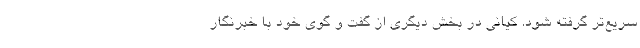
سریع‌تر گرفته شود. کیانی در بخش دیگری از گفت و گوی خود با خبرنگار